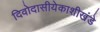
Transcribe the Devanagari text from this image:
दिवोदासीयेकाशीखंडे